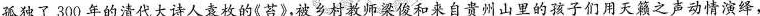
孤独了300年的清代大诗人袁枚的《苔》，被乡村教师梁俊和来自贵州山里的孩子们用天籁之声动情演绎，